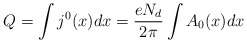
\begin{align*}Q = \int j^0(x) dx = \frac{e N_d}{2\pi} \int A_0(x) dx\end{align*}